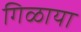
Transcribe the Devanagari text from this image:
गिळाया